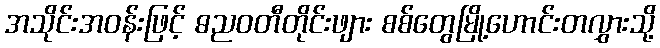
အသိုင်းအဝန်းဖြင့် ဓညဝတီတိုင်းဖျား စစ်တွေမြို့ဟောင်းတလွှားသို့